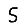
Digit: 5